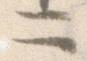
二